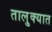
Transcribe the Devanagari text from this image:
तालु्क्यात